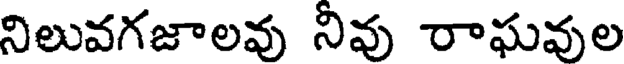
నిలువగజాలవు నివు రాఘవుల